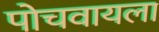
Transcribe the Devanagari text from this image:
पोचवायला